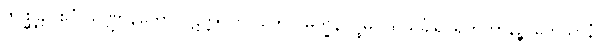
ဇိဂုစ္ဆန္တိ။ ဧဝံ သဏ္ဌာနတော ပဋိက္ကူလာ။ တေလမက္ခနပုပ္ဖဓူပါဒိ သင်္ခါရဝိရဟိတာနဉ္စ ကေသာနံ